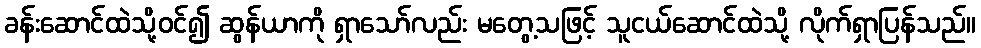
ခန်းဆောင်ထဲသို့ဝင်၍ ဆွန်ယာကို ရှာသော်လည်း မတွေ့သဖြင့် သူငယ်ဆောင်ထဲသို့ လိုက်ရှာပြန်သည်။